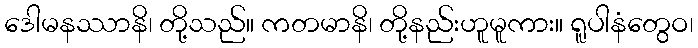
ဒေါမနဿာနိ၊ တို့သည်။ ကတမာနိ၊ တို့နည်းဟူမူကား။ ရူပါနံတွေဝ၊